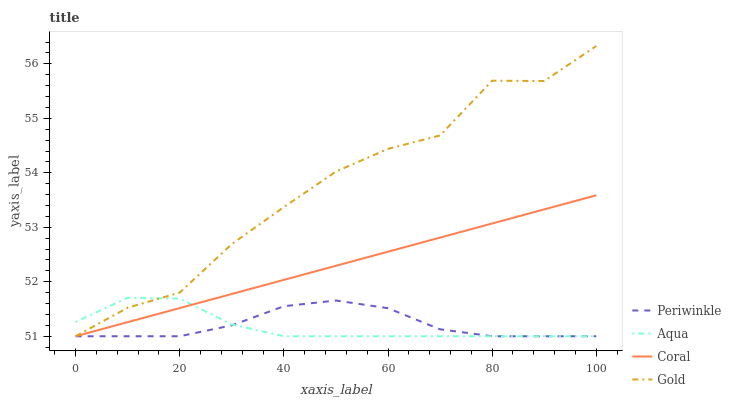
| xaxis_label | Periwinkle | Aqua | Coral | Gold |
 | --- | --- | --- | --- | --- |
 | 0 | 51 | 51.3 | 51 | 51 |
 | 10 | 51 | 51.7 | 51.3 | 51.5 |
 | 20 | 51 | 51.7 | 51.5 | 51.8 |
 | 30 | 51.2 | 51.2 | 51.8 | 52.7 |
 | 40 | 51.6 | 51 | 52 | 53.4 |
 | 50 | 51.7 | 51 | 52.3 | 54 |
 | 60 | 51.5 | 51 | 52.6 | 54.4 |
 | 70 | 51.1 | 51 | 52.8 | 54.7 |
 | 80 | 51 | 51 | 53.1 | 55.7 |
 | 90 | 51 | 51 | 53.3 | 55.7 |
 | 100 | 51 | 51 | 53.6 | 56.3 |